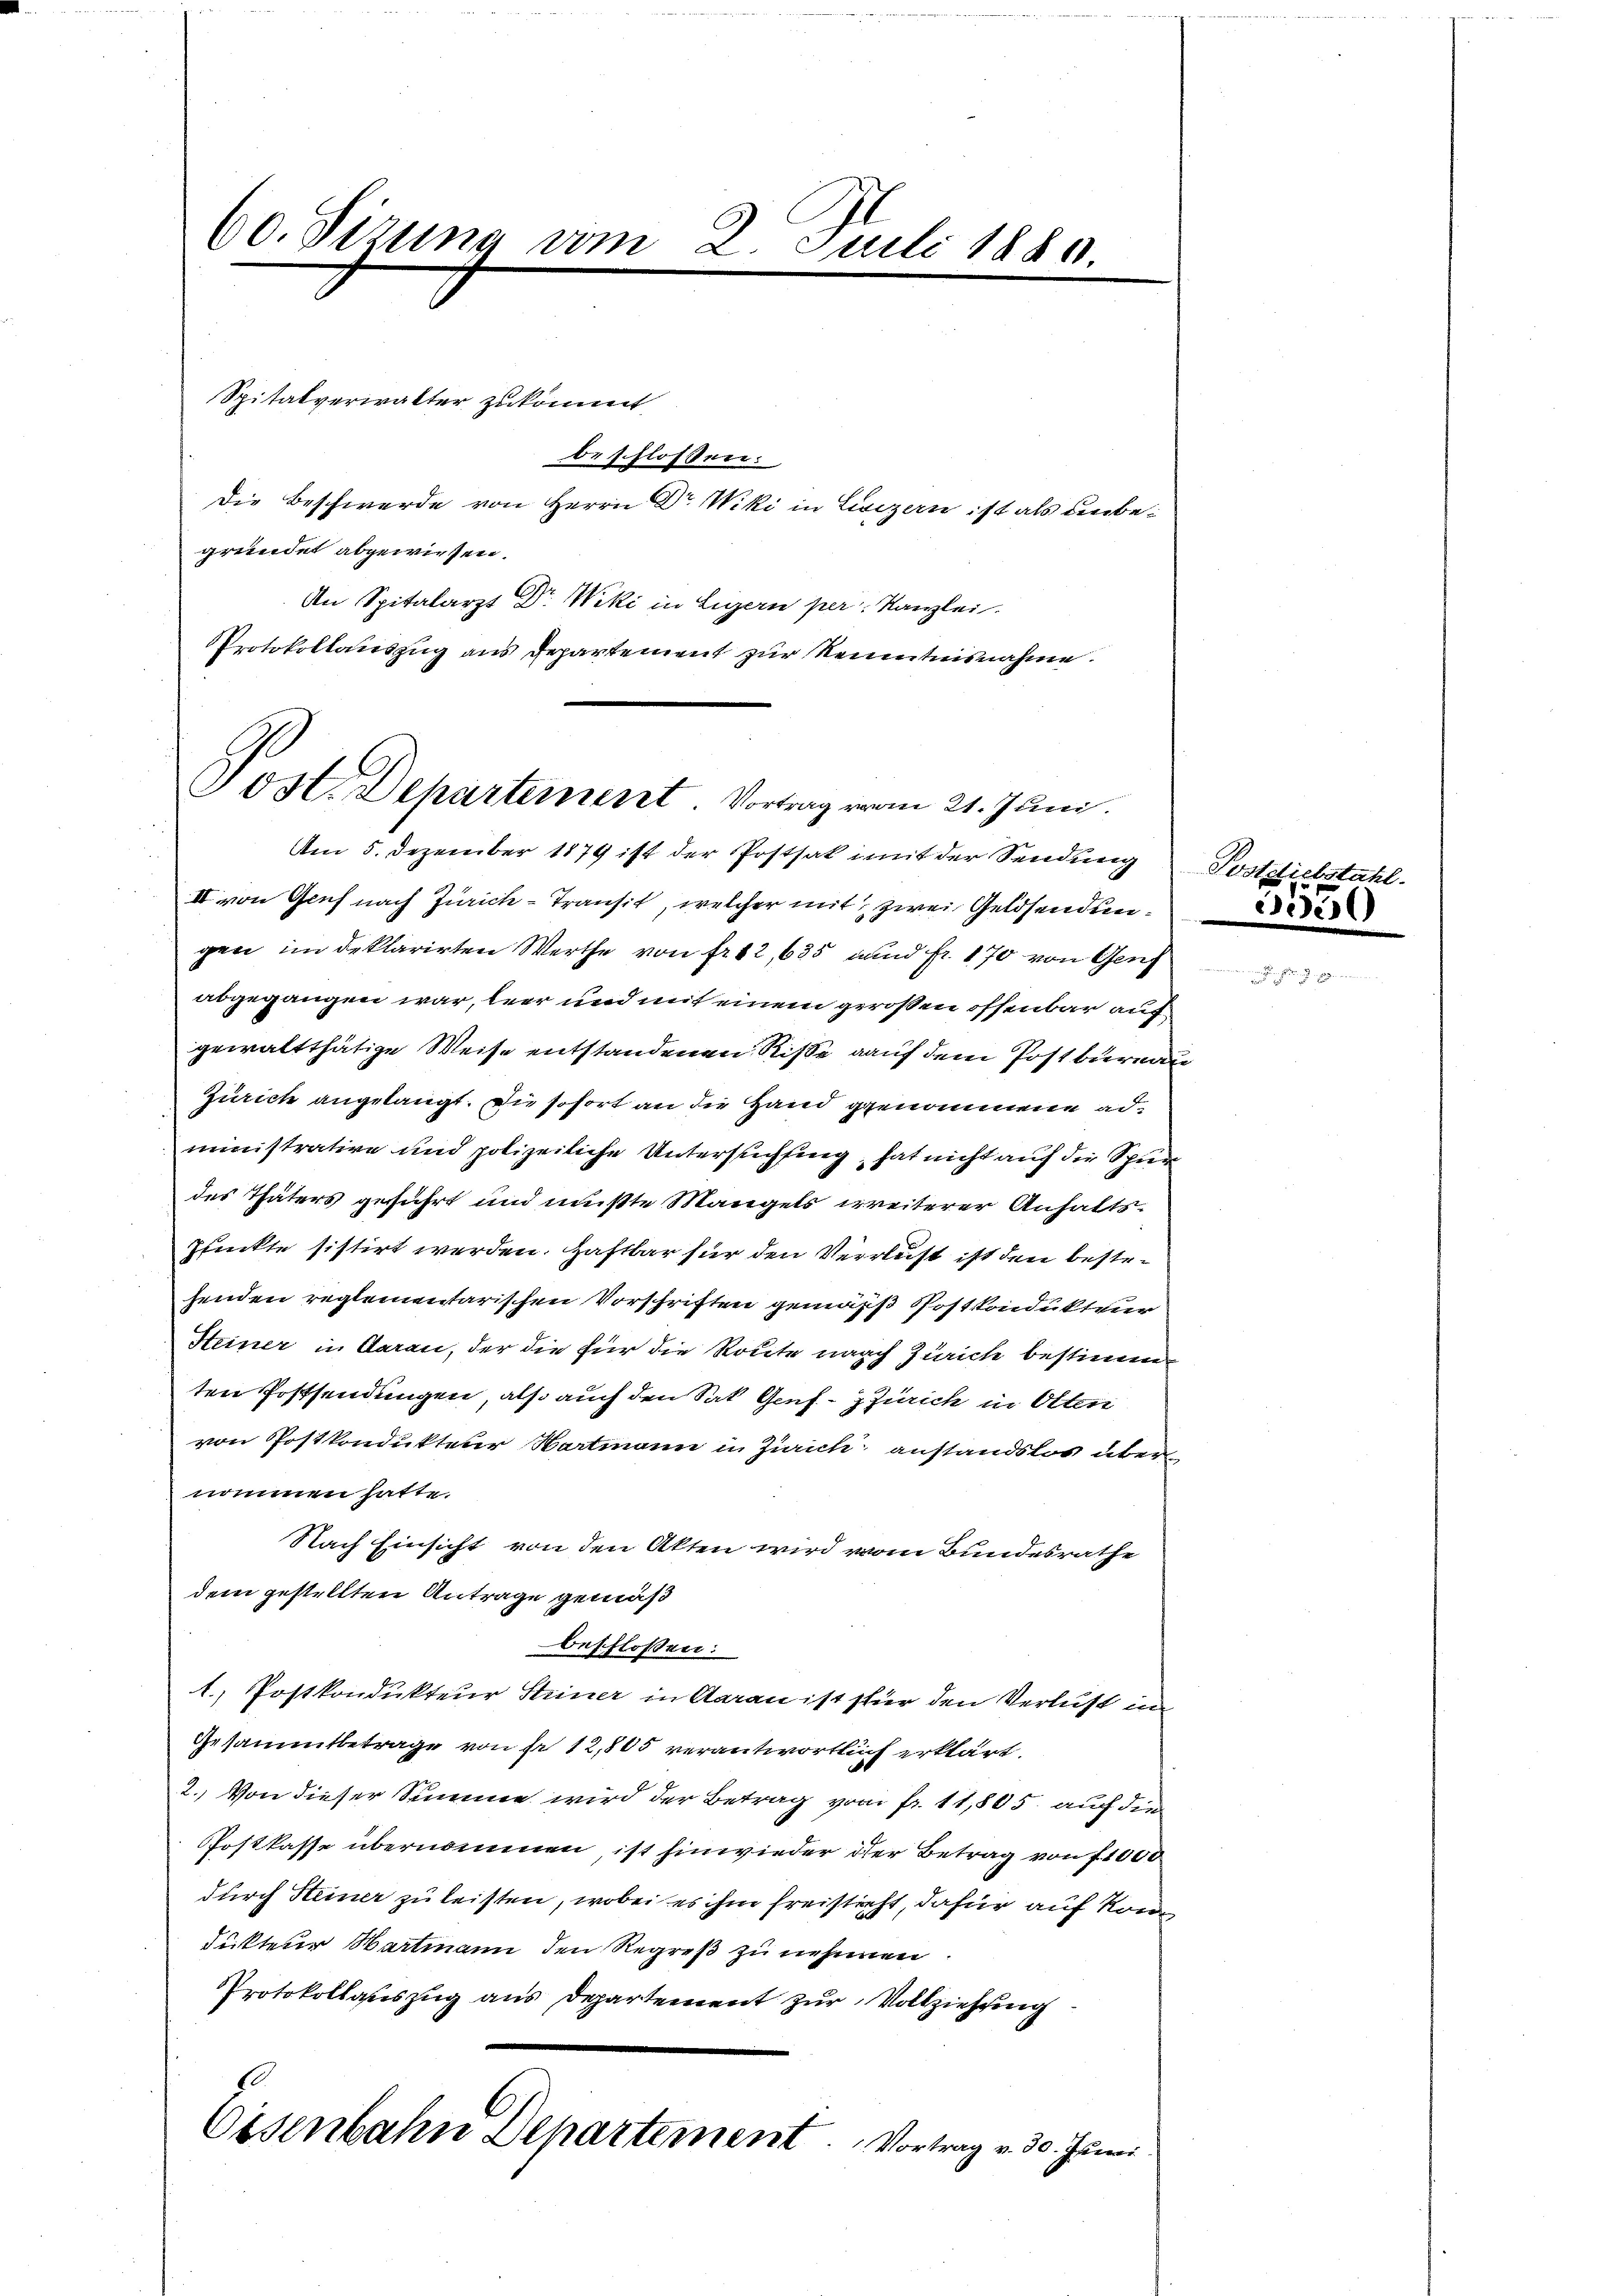
60. Sizung vom

gründet abgewiesen.
An Spitalarzt Dr. Wiki in Ligern per Kanzlei.
Protokollauszug aus Departement zur Kenntnisnahme.

Spitalverwalter zukommt

beschlossen:
Die Beschwerde von Herrn Dr. Wiki in Lisizern ist als unbe¬

2. Juli 1840.

Post. Departement. Vortrag vom 21. Juni.

Am 5. Dezember 1879 ist der Postsak imit der Sendung
II von Genf nach Zürich-Transit, welcher mit zwei Geldsendungen im Deklarirten Werthe von fr. 12,635 und fr. 170 von Genf
abgegangen war, leer und mit einem gerosen offenbar auf
gewaltthätige Weise entstandenen Risse auf dem Postbureau
Zürich angelangt. Die sofort an die Hand genomme administrative und polizeiliche Untersuchfing, hat nicht auf die Spr
des Thäters geführt und mußte Mangels weiterer Anhalts¬
Pfuckte sistirt werden. Haftbar für den Verleist ist den bestehenden reglementarischen Vorschriften gemäß Postkondukteur
Steiner in Daran, der die für die Route nach Zürich bestimmten Postsendungen, als auch den Sat Genf - Zürich in Olten
von Postkondukteur Hartmann in Zürich anstandslos über
nommen hatte.
Nach Einsicht von den Akten wird vom Bundesrathe
dem gestellten Antrage gemäß
beschlossen:
1. Postkondukteur Steiner in Aarau ist stür den Verlust in
Gesammtbetrage von er 12,805 verantwortlich erklärt.
2.) Von dieser Summe wird der Betrag vom fr. 11,805 auf die
Postkasse übernommen ist hinwieder der Betrag von f 1000
durch Heiner zu leisten, wobei es ihm freisticht, dafür auf Kon
dukteur Wartmann den Regreß zu nehmen
Protokollauszug aus Departement zur Vollziehung
10
Oisenbahn Departement. Vortrag v. 30. Juni

R

1